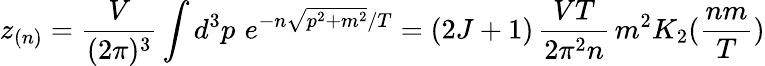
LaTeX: z_{(n)}=\frac{V}{(2\pi)^{3}}\int d^{3}p\, \, e^{-n\sqrt{p^{2}+m^{2}}/T}=(2J+1)\, \frac{VT}{2\pi^{2}n}\, m^{2}K_{2}(\frac{nm}{T})